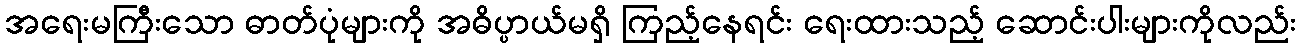
အရေးမကြီးသော ဓာတ်ပုံများကို အဓိပ္ပာယ်မရှိ ကြည့်နေရင်း ရေးထားသည့် ဆောင်းပါးများကိုလည်း